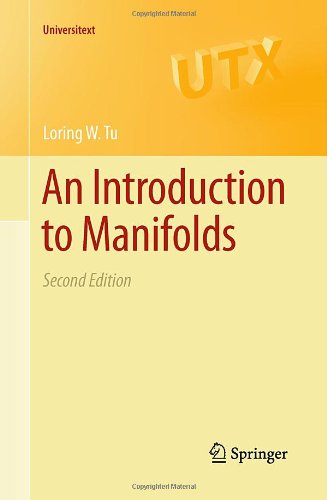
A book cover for An Introduction to Manifolds (Universitext); Loring W. Tu; Science & Math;